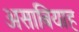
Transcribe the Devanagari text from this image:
असाबियाह